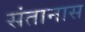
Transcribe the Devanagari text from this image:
संतानास